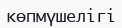
көпмүшелігі